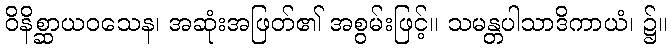
ဝိနိစ္ဆာယဝသေန၊ အဆုံးအဖြတ်၏ အစွမ်းဖြင့်။ သမန္တပါသာဒိကာယံ၊ ၌။